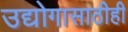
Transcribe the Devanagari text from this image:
उद्योगासाठीही